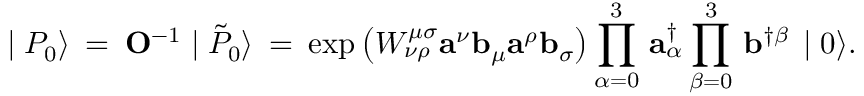
\mid { P } _ { 0 } \rangle \: = \: { \mathbf O ^ { - 1 } } \mid \tilde { P } _ { 0 } \rangle \: = \: \exp \left( { \cal W } _ { \nu \rho } ^ { \mu \sigma } { \mathbf a } ^ { \nu } { \mathbf b } _ { \mu } { \mathbf a } ^ { \rho } { \mathbf b } _ { \sigma } \right) \prod _ { \alpha = 0 } ^ { 3 } \, { \mathbf a } _ { \alpha } ^ { \dagger } \prod _ { \beta = 0 } ^ { 3 } \, { \mathbf b } ^ { \dagger \beta } \, \mid 0 \rangle .